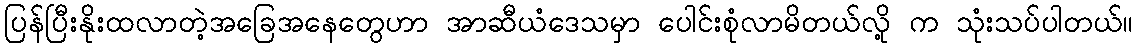
ပြန်ပြီးနိုးထလာတဲ့အခြေအနေတွေဟာ အာဆီယံဒေသမှာ ပေါင်းစုံလာမိတယ်လို့ က သုံးသပ်ပါတယ်။